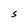
Character: S